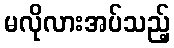
မလိုလားအပ်သည့်